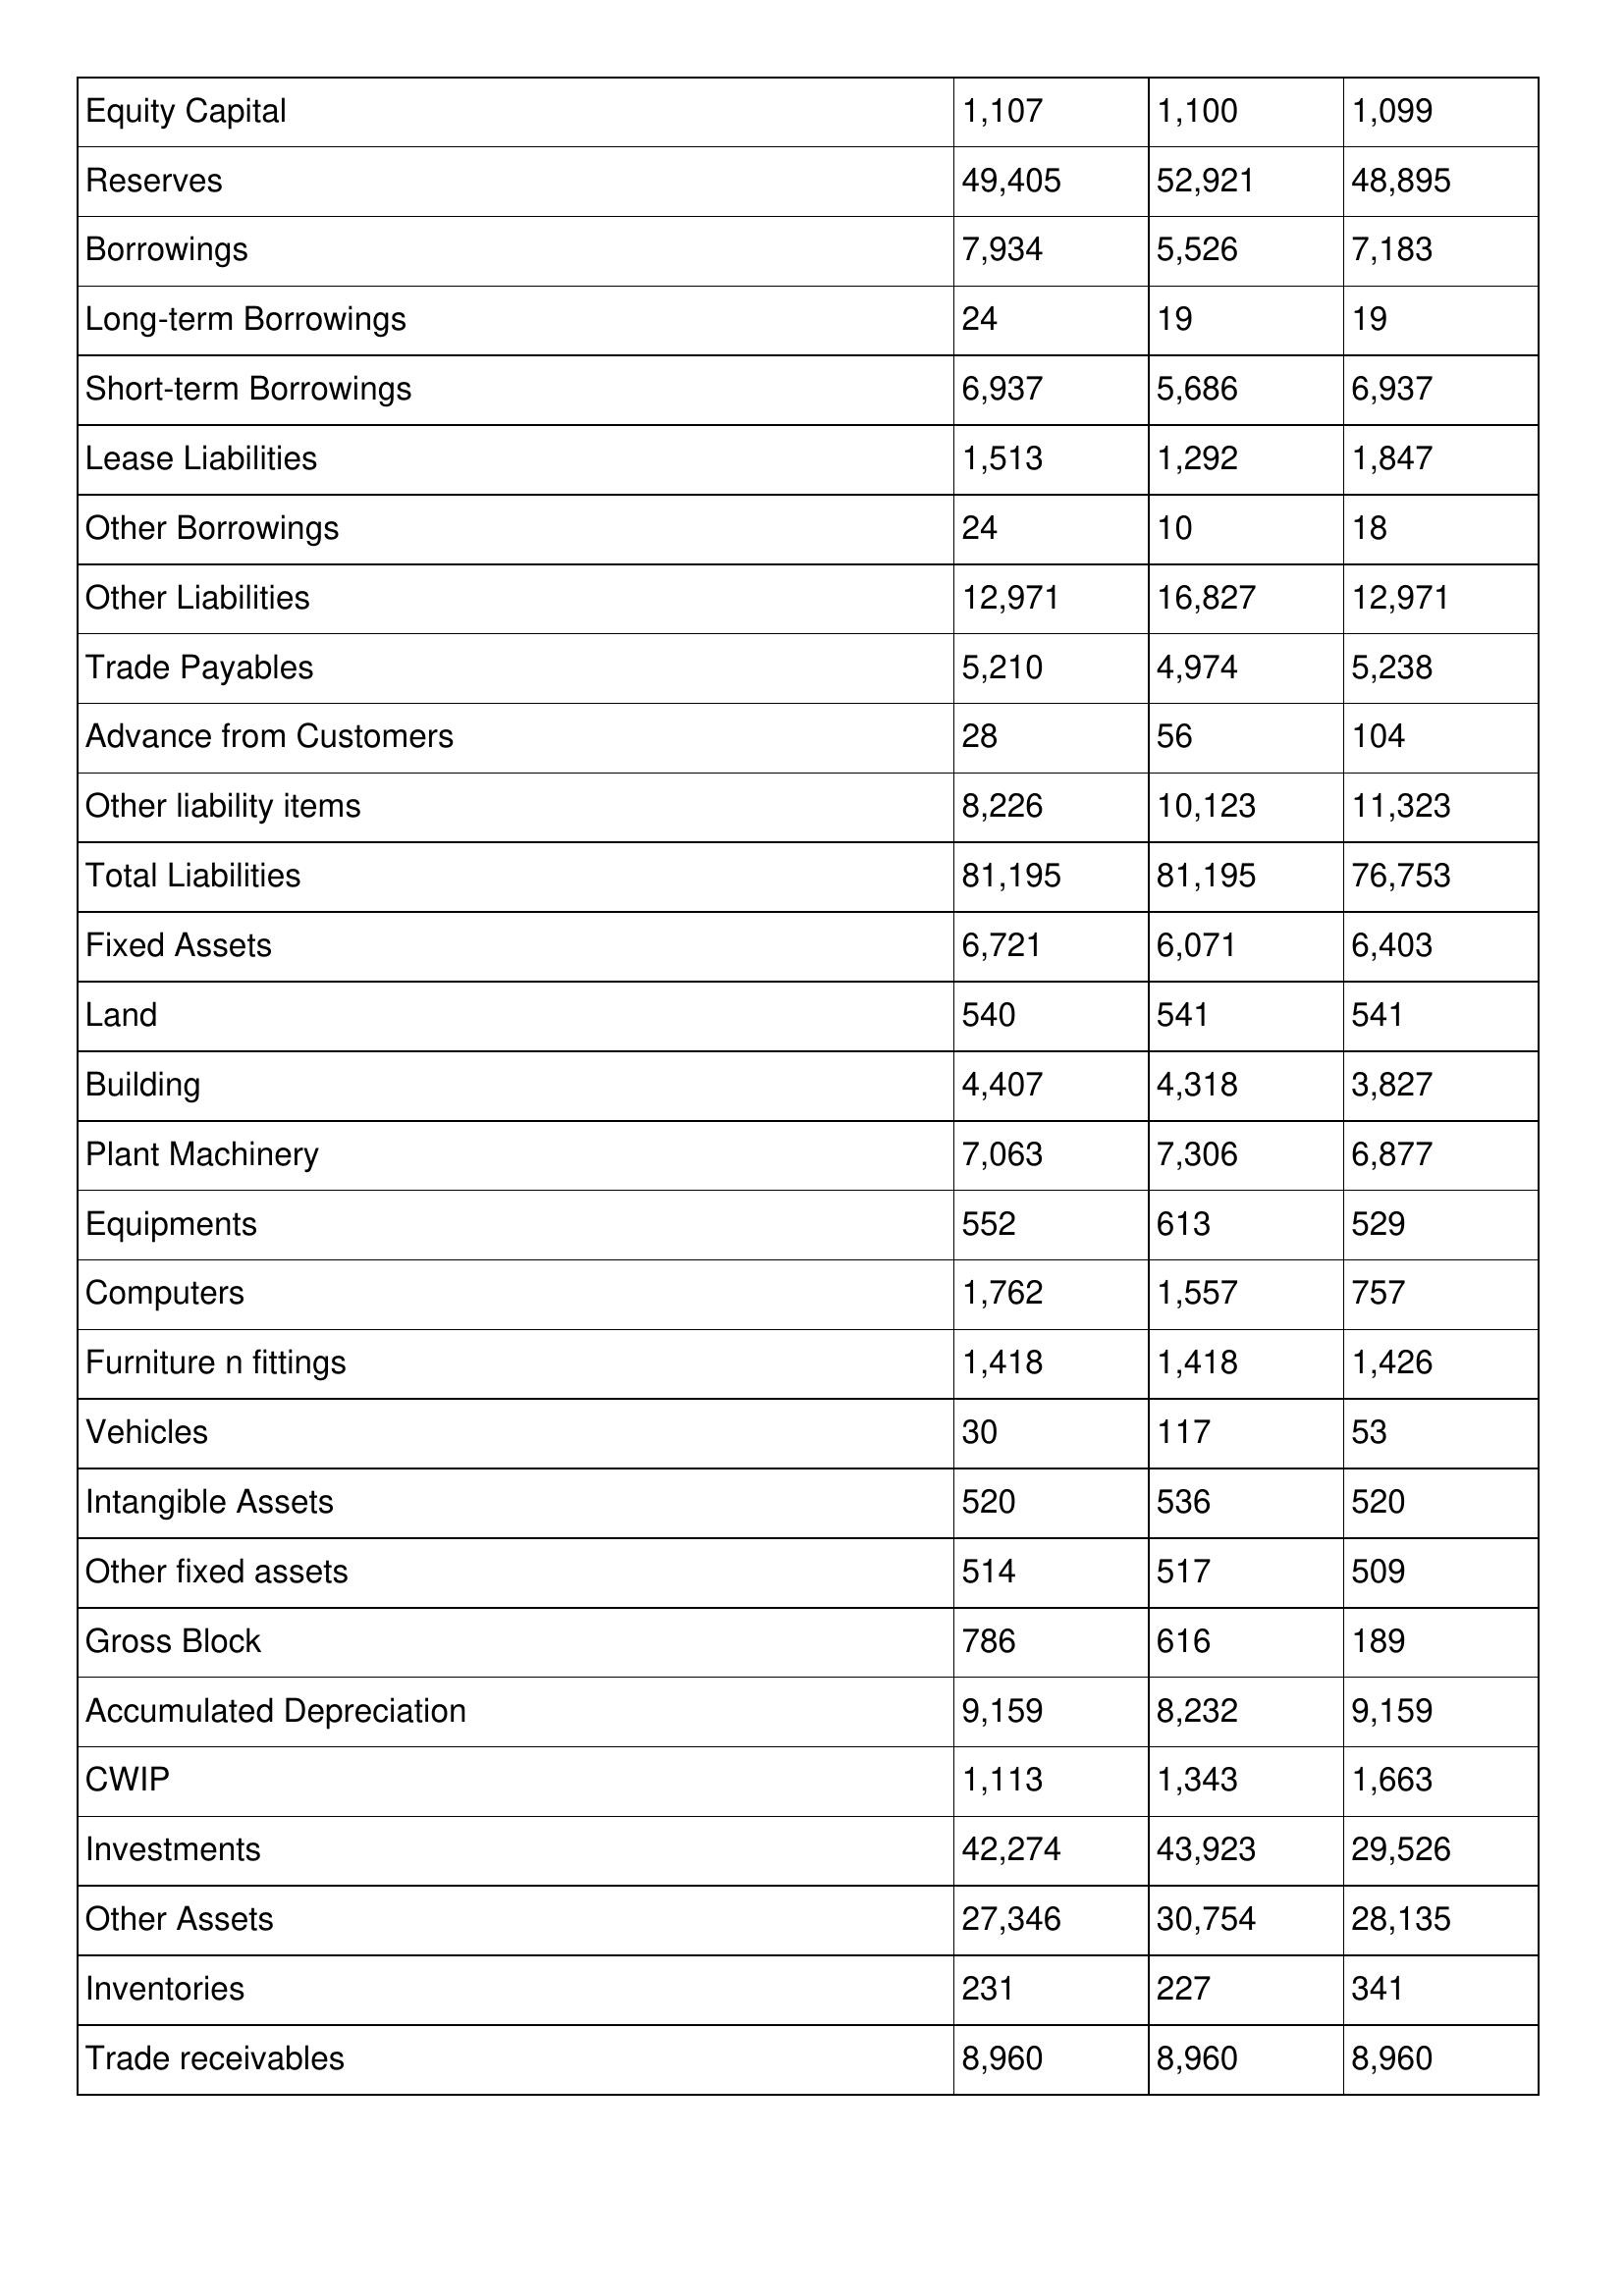
gt_parse: 2019: Balance Sheet: Equity Capital: 1,107
Reserves: 49,405
Borrowings: 7,934
Long-term Borrowings: 24
Short-term Borrowings: 6,937
Lease Liabilities: 1,513
Other Borrowings: 24
Other Liabilities: 12,971
Trade Payables: 5,210
Advance from Customers: 28
Other liability items: 8,226
Total Liabilities: 81,195
Fixed Assets: 6,721
Land: 540
Building: 4,407
Plant Machinery: 7,063
Equipments: 552
Computers: 1,762
Furniture n fittings: 1,418
Vehicles: 30
Intangible Assets: 520
Other fixed assets: 514
Gross Block: 786
Accumulated Depreciation: 9,159
CWIP: 1,113
Investments: 42,274
Other Assets: 27,346
Inventories: 231
Trade receivables: 8,960
2018: Balance Sheet: Equity Capital: 1,100
Reserves: 52,921
Borrowings: 5,526
Long-term Borrowings: 19
Short-term Borrowings: 5,686
Lease Liabilities: 1,292
Other Borrowings: 10
Other Liabilities: 16,827
Trade Payables: 4,974
Advance from Customers: 56
Other liability items: 10,123
Total Liabilities: 81,195
Fixed Assets: 6,071
Land: 541
Building: 4,318
Plant Machinery: 7,306
Equipments: 613
Computers: 1,557
Furniture n fittings: 1,418
Vehicles: 117
Intangible Assets: 536
Other fixed assets: 517
Gross Block: 616
Accumulated Depreciation: 8,232
CWIP: 1,343
Investments: 43,923
Other Assets: 30,754
Inventories: 227
Trade receivables: 8,960
2017: Balance Sheet: Equity Capital: 1,099
Reserves: 48,895
Borrowings: 7,183
Long-term Borrowings: 19
Short-term Borrowings: 6,937
Lease Liabilities: 1,847
Other Borrowings: 18
Other Liabilities: 12,971
Trade Payables: 5,238
Advance from Customers: 104
Other liability items: 11,323
Total Liabilities: 76,753
Fixed Assets: 6,403
Land: 541
Building: 3,827
Plant Machinery: 6,877
Equipments: 529
Computers: 757
Furniture n fittings: 1,426
Vehicles: 53
Intangible Assets: 520
Other fixed assets: 509
Gross Block: 189
Accumulated Depreciation: 9,159
CWIP: 1,663
Investments: 29,526
Other Assets: 28,135
Inventories: 341
Trade receivables: 8,960